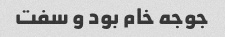
جوجه خام بود و سفت